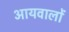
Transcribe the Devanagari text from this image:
आयवालों